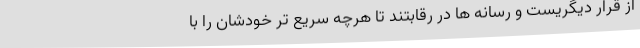
از قرار دیگریست و رسانه ها در رقابتند تا هرچه سریع تر خودشان را با